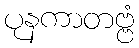
ပုနကာတဗ္ဗံ